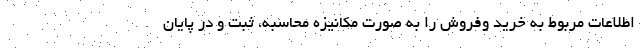
اطلاعات مربوط به خريد وفروش را به صورت مکانيزه محاسبه، ثبت و در پايان